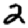
Digit: 2